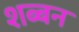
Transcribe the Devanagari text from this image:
शब्बन